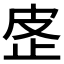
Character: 𰙢